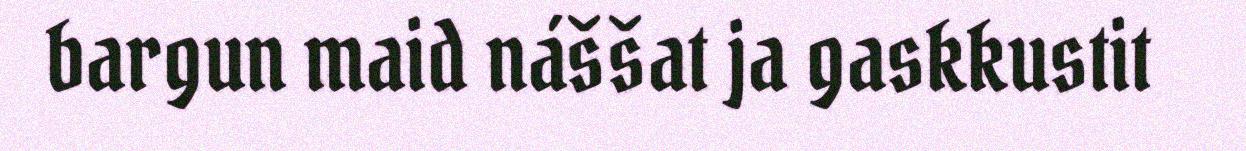
bargun maid náššat ja gaskkustit